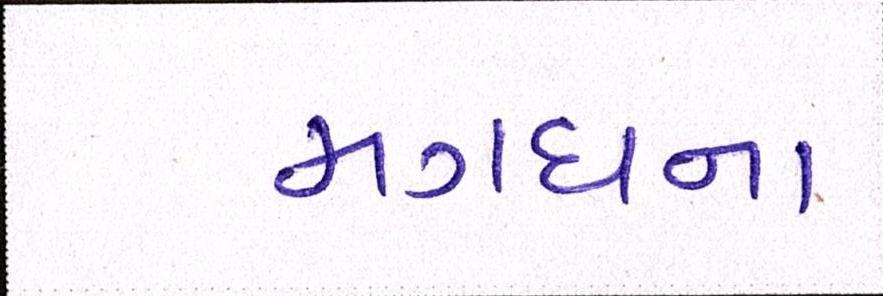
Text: મગધના